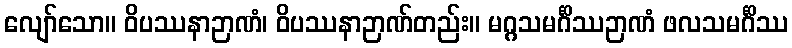
လျော်သော။ ဝိပဿနာဉာဏံ၊ ဝိပဿနာဉာဏ်တည်း။ မဂ္ဂသမင်္ဂိဿဉာဏံ ဖလသမင်္ဂိဿ